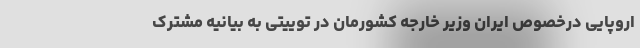
اروپایی درخصوص ایران وزیر خارجه کشورمان در توییتی به بیانیه مشترک